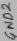
Text: GND2